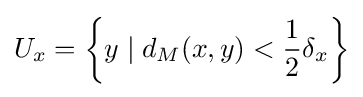
U_{x}=\left\{y\mid d_{M}(x,y)<{\frac {1}{2}}\delta _{x}\right\}